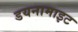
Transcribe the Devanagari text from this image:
डयनामाइट